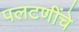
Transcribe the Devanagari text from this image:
पलटणींचे